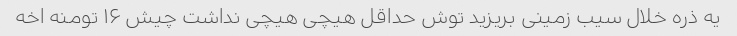
یه ذره خلال سیب زمینی بریزید توش حداقل هیچی هیچی نداشت چیش ۱۶ تومنه اخه